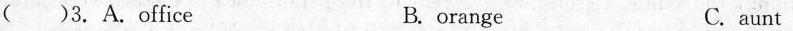
( )3. A.office B. orange C. aunt